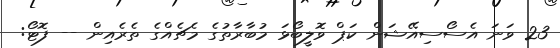
23 ވަނަ އެސޯސިއޭޝަން ކަޕް ވޮލީބޯޅަ މުބާރާތުގެ މެޗެއްގެ ތެރެއިން -- ފޮޓޯ: